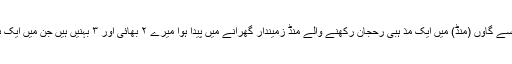
میں یکم اپریل کو تحصیل ڈسکہ کے چھوٹے سے گاوٗں (منڈ) میں ایک مذ ہبی رُحجان رکھنے والے منڈ زمیندار گھرانے میں پیدا ہوا میرے ۲ بھائی اور ۳ بہنیں ہیں جن میں ایک بہن مجھ سے بڑی اور باقی سب چھوٹے ہیں ۔